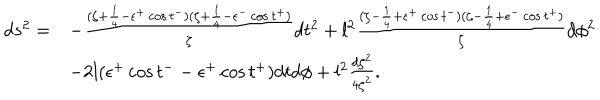
\begin{array} { l l } { { d s ^ { 2 } = } } & { { - \frac { ( \zeta + \frac { 1 } { 4 } - \epsilon ^ { + } \cos t ^ { - } ) ( \zeta + \frac { 1 } { 4 } - \epsilon ^ { - } \cos t ^ { + } ) } { \zeta } d t ^ { 2 } + l ^ { 2 } \frac { ( \zeta - \frac { 1 } { 4 } + \epsilon ^ { + } \cos t ^ { - } ) ( \zeta - \frac { 1 } { 4 } + \epsilon ^ { - } \cos t ^ { + } ) } { \zeta } d \phi ^ { 2 } } } \\ { { } } & { { - 2 l ( \epsilon ^ { + } \cos t ^ { - } - \epsilon ^ { + } \cos t ^ { + } ) d t d \phi + l ^ { 2 } \frac { d \zeta ^ { 2 } } { 4 \zeta ^ { 2 } } . } } \\ \end{array}